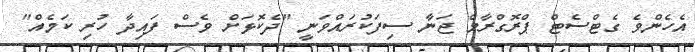
އެހެންވެ ގެޓްސެޓް ޕްރޮގްރާމް ޖަނާ ސިފަކުރައްވަނީ "ދެކޮޅަށް ވެސް ފައިދާ ހުރި ކަމެއް"